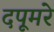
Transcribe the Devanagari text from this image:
दपूमरे